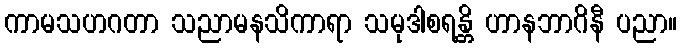
ကာမသဟဂတာ သညာမနသိကာရာ သမုဒါစရန္တိ ဟာနဘာဂိနီ ပညာ။